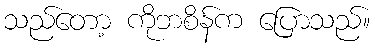
သည်တော့ ကိုဘစိန်က ပြောသည်။